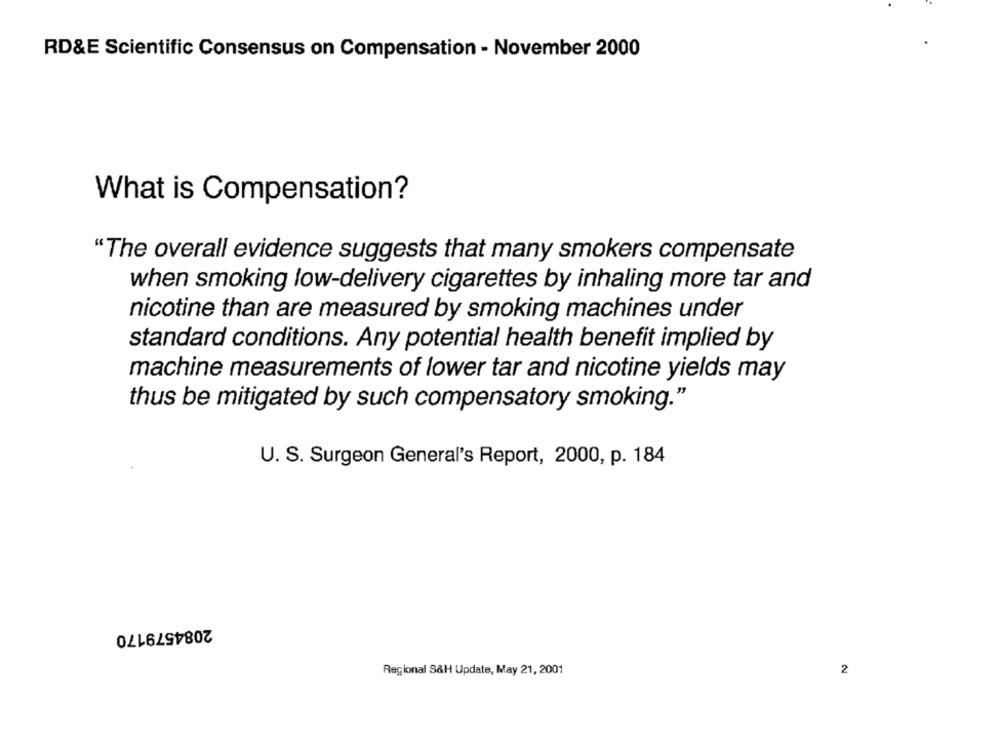
RD&E Scientific Consensus on Compensation - November 2000
What is Compensation?
"The overall evidence suggests that many smokers compensate
when smoking low-delivery cigarettes by inhaling more tar and
nicotine than are measured by smoking machines under
standard conditions. Any potential health benefit implied by
machine measurements of lower tar and nicotine yields may
thus be mitigated by such compensatory smoking."
U. S. Surgeon General's Report, 2000, p. 184
2084579170
Regional S&H Update, May 21, 2001
2